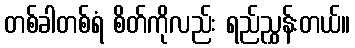
တစ်ခါတစ်ရံ စိတ်ကိုလည်း ရည်ညွှန်းတယ်။